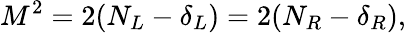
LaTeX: M^{2}=2(N_{L}-\delta_{L})=2(N_{R}-\delta_{R}),